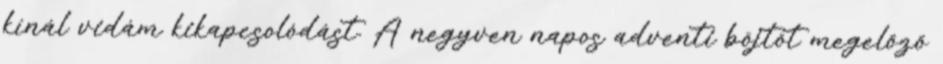
kínál vidám kikapcsolódást. A negyven napos adventi böjtöt megelőző